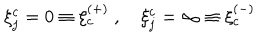
\xi _ { j } ^ { c } = 0 \equiv \xi _ { c } ^ { ( + ) } \ , \quad \xi _ { j } ^ { c } = \infty \equiv \xi _ { c } ^ { ( - ) } \quad